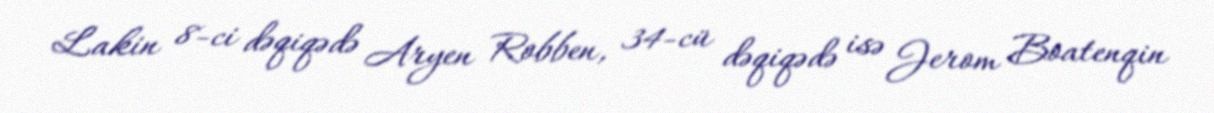
Lakin 8-ci dəqiqədə Aryen Robben, 34-cü dəqiqədə isə Jerom Boatenqin